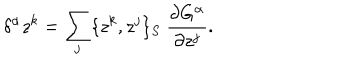
LaTeX: \delta ^ { \alpha } z ^ { k } = \sum _ { j } \{ z ^ { k } , z ^ { j } \} _ { S } \ \frac { \partial G ^ { \alpha } } { \partial z ^ { j } } .